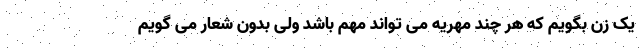
یک زن بگویم که هر چند مهریه می تواند مهم باشد ولی بدون شعار می گویم